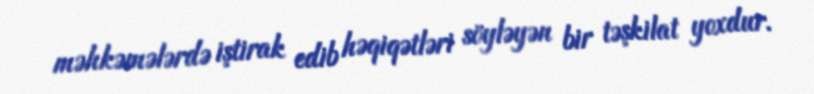
məhkəmələrdə iştirak edib həqiqətləri söyləyən bir təşkilat yoxdur.